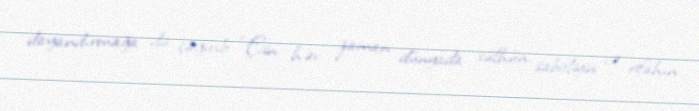
dayandırmağa da çağırıb: “Çin hər zaman dünyada sülhün, sabitliyin və rifahın